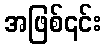
အဖြစ်၎င်း